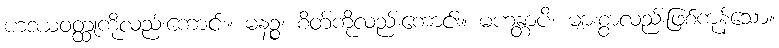
ဟဒယဝတ္ထုကိုလည်းကောင်း။ မနဉ္စ၊ စိတ်ကိုလည်းကောင်း။ မဟန္တာပိ၊ များစွာလည်းဖြစ်ကုန်သော။